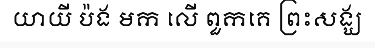
យាយី ប៉ង មក លើ ពួកគេ ព្រះសង្ឃ